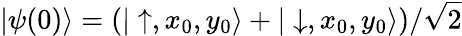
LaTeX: |\psi(0)\rangle=\left(|\uparrow,x_{0},y_{0}\rangle+|\downarrow,x_{0},y_{0}\rangle\right)/\sqrt{2}